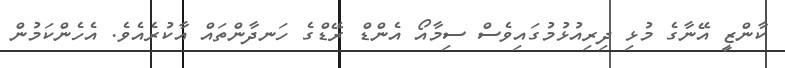
ކާންޒީ އޭނާގެ މުޅި ދިރިއުޅުމުގައިވެސް ސިމާއޯ އެންޑް ރޭޑްގެ ހަނދާންތައް އާކުރެއެވެ. އެހެންކަމުން